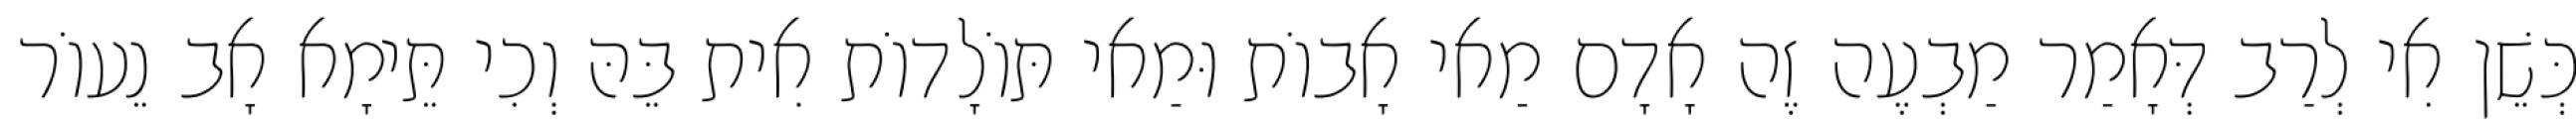
כְּשֵׁן אִי לְרַב דְּאָמַר מַבְעֶה זֶה אָדָם מַאי אָבוֹת וּמַאי תּוֹלָדוֹת אִית בֵּהּ וְכִי תֵּימָא אָב נֵעוֹר